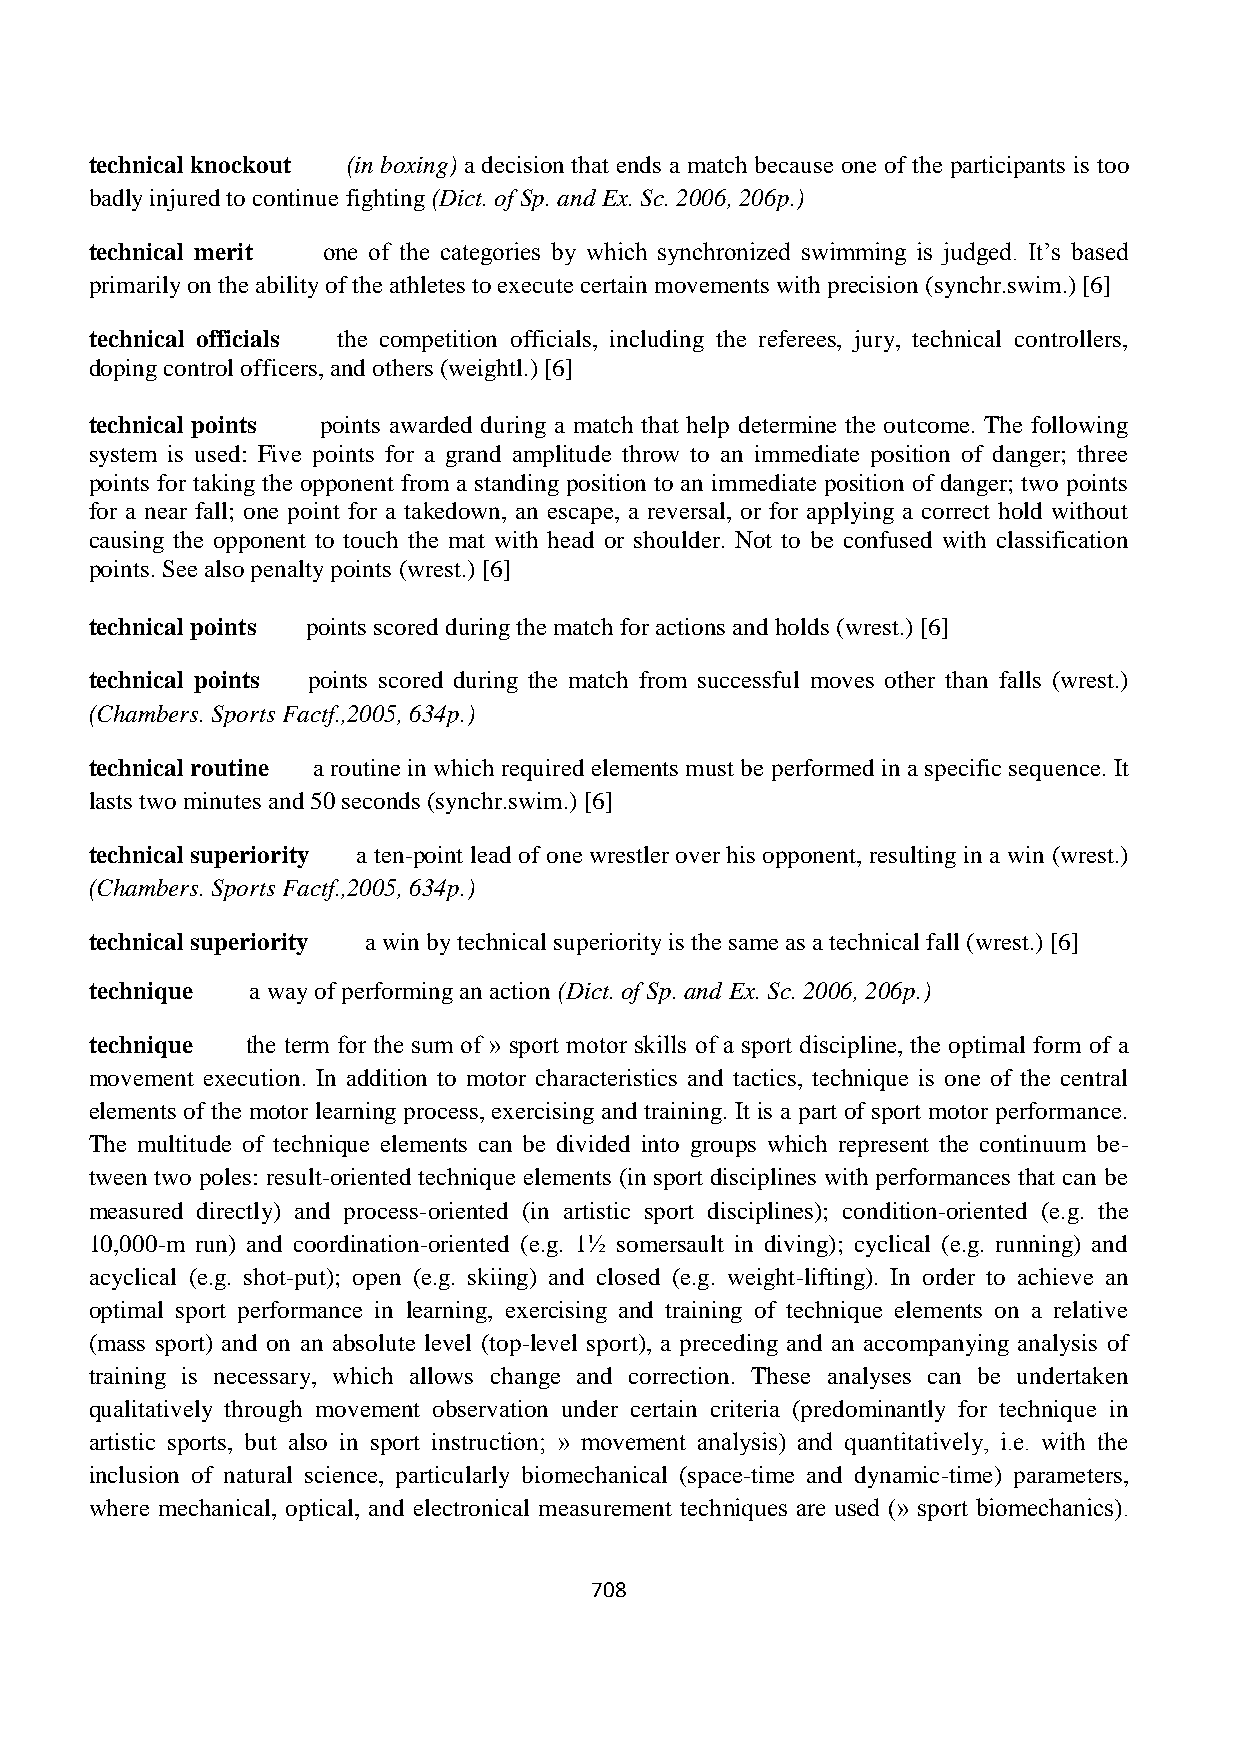
technical knockout (in boxing) a decision that ends a match because one of the participants is too
 badly injured to continue fighting (Dict. of Sp. and Ex. Sc. 2006, 206p.)
 technical merit one of the categories by which synchronized swimming is judged. It‟s based
 primarily on the ability of the athletes to execute certain movements with precision (synchr.swim.) [6]
 technical officials the competition officials, including the referees, jury, technical controllers,
 doping control officers, and others (weightl.) [6]
 technical points points awarded during a match that help determine the outcome. The following
 system is used: Five points for a grand amplitude throw to an immediate position of danger; three
 points for taking the opponent from a standing position to an immediate position of danger; two points
 for a near fall; one point for a takedown, an escape, a reversal, or for applying a correct hold without
 causing the opponent to touch the mat with head or shoulder. Not to be confused with classification
 points. See also penalty points (wrest.) [6]
 technical points points scored during the match for actions and holds (wrest.) [6]
 technical points points scored during the match from successful moves other than falls (wrest.)
 (Chambers. Sports Factf.,2005, 634p.)
 technical routine a routine in which required elements must be performed in a specific sequence. It
 lasts two minutes and 50 seconds (synchr.swim.) [6]
 technical superiority a ten-point lead of one wrestler over his opponent, resulting in a win (wrest.)
 (Chambers. Sports Factf.,2005, 634p.)
 technical superiority a win by technical superiority is the same as a technical fall (wrest.) [6]
 technique  a way of performing an action (Dict. of Sp. and Ex. Sc. 2006, 206p.)
 technique the term for the sum of » sport motor skills of a sport discipline, the optimal form of a
 movement execution. In addition to motor characteristics and tactics, technique is one of the central
 elements of the motor learning process, exercising and training. It is a part of sport motor performance.
 The multitude of technique elements can be divided into groups which represent the continuum be-
 tween two poles: result-oriented technique elements (in sport disciplines with performances that can be
 measured directly) and process-oriented (in artistic sport disciplines); condition-oriented (e.g. the
 10,000-m run) and coordination-oriented (e.g. 1½ somersault in diving); cyclical (e.g. running) and
 acyclical (e.g. shot-put); open (e.g. skiing) and closed (e.g. weight-lifting). In order to achieve an
 optimal sport performance in learning, exercising and training of technique elements on a relative
 (mass sport) and on an absolute level (top-level sport), a preceding and an accompanying analysis of
 training is necessary, which allows change and correction. These analyses can be undertaken
 qualitatively through movement observation under certain criteria (predominantly for technique in
 artistic sports, but also in sport instruction; » movement analysis) and quantitatively, i.e. with the
 inclusion of natural science, particularly biomechanical (space-time and dynamic-time) parameters,
 where mechanical, optical, and electronical measurement techniques are used (» sport biomechanics).
 708